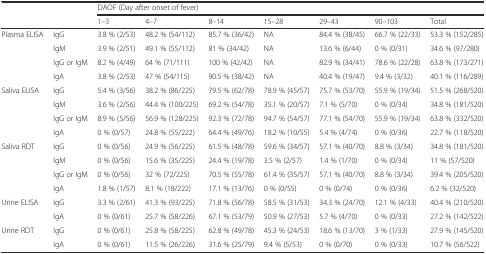
<table><thead><tr><td rowspan="2" colspan="2"></td><td colspan="7"><b>DAOF (Day after onset of fever)</b></td></tr><tr><td><b>1–3</b></td><td><b>4–7</b></td><td><b>8–14</b></td><td><b>15–28</b></td><td><b>29–43</b></td><td><b>90–103</b></td><td><b>Total</b></td></tr></thead><tbody><tr><td>Plasma ELISA</td><td>IgG</td><td>3.8 % (2/53)</td><td>48.2 % (54/112)</td><td>85.7 % (36/42)</td><td>NA</td><td>84.4 % (38/45)</td><td>66.7 % (22/33)</td><td>53.3 % (152/285)</td></tr><tr><td></td><td>IgM</td><td>3.9 % (2/51)</td><td>49.1 % (55/112)</td><td>81 % (34/42)</td><td>NA</td><td>13.6 % (6/44)</td><td>0 % (0/31)</td><td>34.6 % (97/280)</td></tr><tr><td></td><td>IgG or IgM</td><td>8.2 % (4/49)</td><td>64 % (71/111)</td><td>100 % (42/42)</td><td>NA</td><td>82.9 % (34/41)</td><td>78.6 % (22/28)</td><td>63.8 % (173/271)</td></tr><tr><td></td><td>IgA</td><td>3.8 % (2/53)</td><td>47 % (54/115)</td><td>90.5 % (38/42)</td><td>NA</td><td>40.4 % (19/47)</td><td>9.4 % (3/32)</td><td>40.1 % (116/289)</td></tr><tr><td>Saliva ELISA</td><td>IgG</td><td>5.4 % (3/56)</td><td>38.2 % (86/225)</td><td>79.5 % (62/78)</td><td>78.9 % (45/57)</td><td>75.7 % (53/70)</td><td>55.9 % (19/34)</td><td>51.5 % (268/520)</td></tr><tr><td></td><td>IgM</td><td>3.6 % (2/56)</td><td>44.4 % (100/225)</td><td>69.2 % (54/78)</td><td>35.1 % (20/57)</td><td>7.1 % (5/70)</td><td>0 % (0/34)</td><td>34.8 % (181/520)</td></tr><tr><td></td><td>IgG or IgM</td><td>8.9 % (5/56)</td><td>56.9 % (128/225)</td><td>92.3 % (72/78)</td><td>94.7 % (54/57)</td><td>77.1 % (54/70)</td><td>55.9 % (19/34)</td><td>63.8 % (332/520)</td></tr><tr><td></td><td>IgA</td><td>0 % (0/57)</td><td>24.8 % (55/222)</td><td>64.4 % (49/76)</td><td>18.2 % (10/55)</td><td>5.4 % (4/74)</td><td>0 % (0/36)</td><td>22.7 % (118/520)</td></tr><tr><td>Saliva RDT</td><td>IgG</td><td>0 % (0/56)</td><td>24.9 % (56/225)</td><td>61.5 % (48/78)</td><td>59.6 % (34/57)</td><td>57.1 % (40/70)</td><td>8.8 % (3/34)</td><td>34.8 % (181/520)</td></tr><tr><td></td><td>IgM</td><td>0 % (0/56)</td><td>15.6 % (35/225)</td><td>24.4 % (19/78)</td><td>3.5 % (2/57)</td><td>1.4 % (1/70)</td><td>0 % (0/34)</td><td>11 % (57/520)</td></tr><tr><td></td><td>IgG or IgM</td><td>0 % (0/56)</td><td>32 % (72/225)</td><td>70.5 % (55/78)</td><td>61.4 % (35/57)</td><td>57.1 % (40/70)</td><td>8.8 % (3/34)</td><td>39.4 % (205/520)</td></tr><tr><td></td><td>IgA</td><td>1.8 % (1/57)</td><td>8.1 % (18/222)</td><td>17.1 % (13/76)</td><td>0 % (0/55)</td><td>0 % (0/74)</td><td>0 % (0/36)</td><td>6.2 % (32/520)</td></tr><tr><td>Urine ELISA</td><td>IgG</td><td>3.3 % (2/61)</td><td>41.3 % (93/225)</td><td>71.8 % (56/78)</td><td>58.5 % (31/53)</td><td>34.3 % (24/70)</td><td>12.1 % (4/33)</td><td>40.4 % (210/520)</td></tr><tr><td></td><td>IgA</td><td>0 % (0/61)</td><td>25.7 % (58/226)</td><td>67.1 % (53/79)</td><td>50.9 % (27/53)</td><td>5.7 % (4/70)</td><td>0 % (0/33)</td><td>27.2 % (142/522)</td></tr><tr><td>Urine RDT</td><td>IgG</td><td>0 % (0/61)</td><td>25.8 % (58/225)</td><td>62.8 % (49/78)</td><td>45.3 % (24/53)</td><td>18.6 % (13/70)</td><td>3 % (1/33)</td><td>27.9 % (145/520)</td></tr><tr><td></td><td>IgA</td><td>0 % (0/61)</td><td>11.5 % (26/226)</td><td>31.6 % (25/79)</td><td>9.4 % (5/53)</td><td>0 % (0/70)</td><td>0 % (0/33)</td><td>10.7 % (56/522)</td></tr></tbody></table>